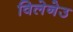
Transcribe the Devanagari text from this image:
विलेनेउ